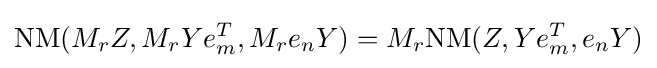
{\text{NM}}(M_{r}Z,M_{r}Ye_{m}^{T},M_{r}e_{n}Y)=M_{r}{\text{NM}}(Z,Ye_{m}^{T},e_{n}Y)